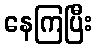
နေကြပြီး